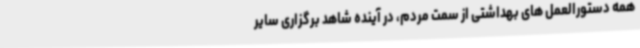
همه دستورالعمل های بهداشتی از سمت مردم، در آینده شاهد برگزاری سایر